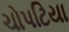
ચોપટિયા